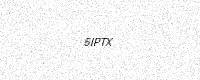
Text: 5IPTX